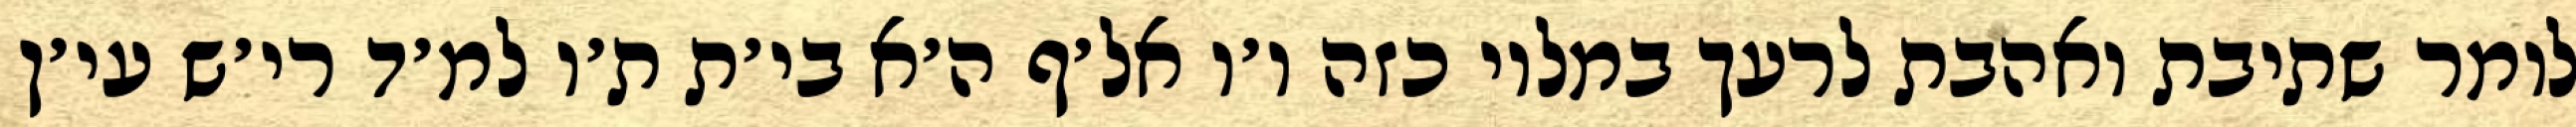
לומר שתיבת ואהבת לרעך במלוי כזה ו׳ו אל׳ף ה׳א בי׳ת ת׳ו למ׳ד רי׳ש עי׳ן